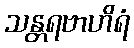
သန္တရဗာဟိရံ